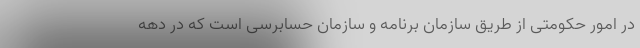
در امور حکومتی از طریق سازمان برنامه و سازمان حسابرسی است که در دهه